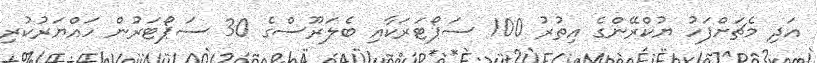
އަދި މެޗަށްފަހު ޔުކްރޭންގެ އިތުރު 100 ސަޕޯޓަރަކާއި ބެލަރޫސްގެ 30 ސަޕޯޓަރުން ހައްޔަރުކުރި